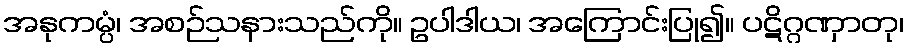
အနုကမ္ပံ၊ အစဉ်သနားသည်ကို။ ဥပါဒါယ၊ အကြောင်းပြု၍။ ပဋိဂ္ဂဏှာတု၊